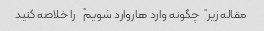
مقاله زیر "چگونه وارد هاروارد شویم" را خلاصه کنید